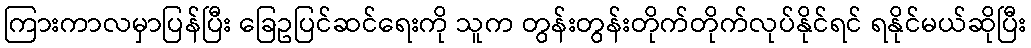
ကြားကာလမှာပြန်ပြီး ခြေဥပြင်ဆင်ရေးကို သူက တွန်းတွန်းတိုက်တိုက်လုပ်နိုင်ရင် ရနိုင်မယ်ဆိုပြီး